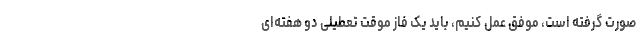
صورت گرفته است، موفق عمل کنیم، باید یک فاز موقت تعطیلی دو هفته‌ای